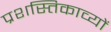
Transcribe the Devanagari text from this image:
प्रशस्तिकाव्यों